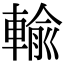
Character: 輸